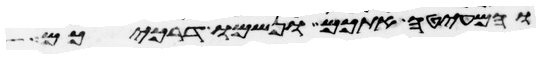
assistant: והמעיטה אתכם ונשמו דרככם